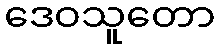
ဒေဝသူတော